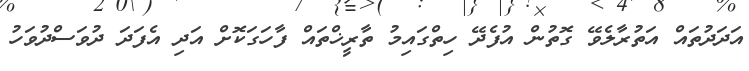
އަދަދުތައް އަތުރާލެވޭ ގޮތުން އުފެދޭ ހިތްގައިމު ތާރީޚްތައް ފާހަގަކޮށް އަދި އެފަދަ ދުވަސްދުވަހު